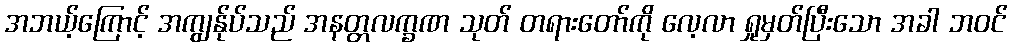
အဘယ့်ကြောင့် အကျွန်ုပ်သည် အနတ္တလက္ခဏ သုတ် တရားတော်ကို လေ့လာ ရှုမှတ်ပြီးသော အခါ ဘဝင်